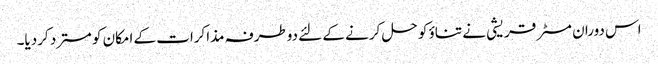
اس دوران مسٹر قریشی نے تناؤ کو حل کرنے کے لئے دوطرفہ مذاکرات کے امکان کو مسترد کردیا۔